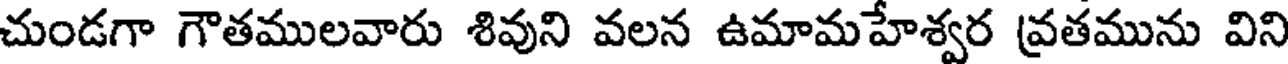
చుండగా గౌతములవారు శివుని వలన ఉమామహేశ్వర వ్రతమును విని